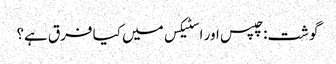
گوشت: چپس اور اسٹیکس میں کیا فرق ہے؟